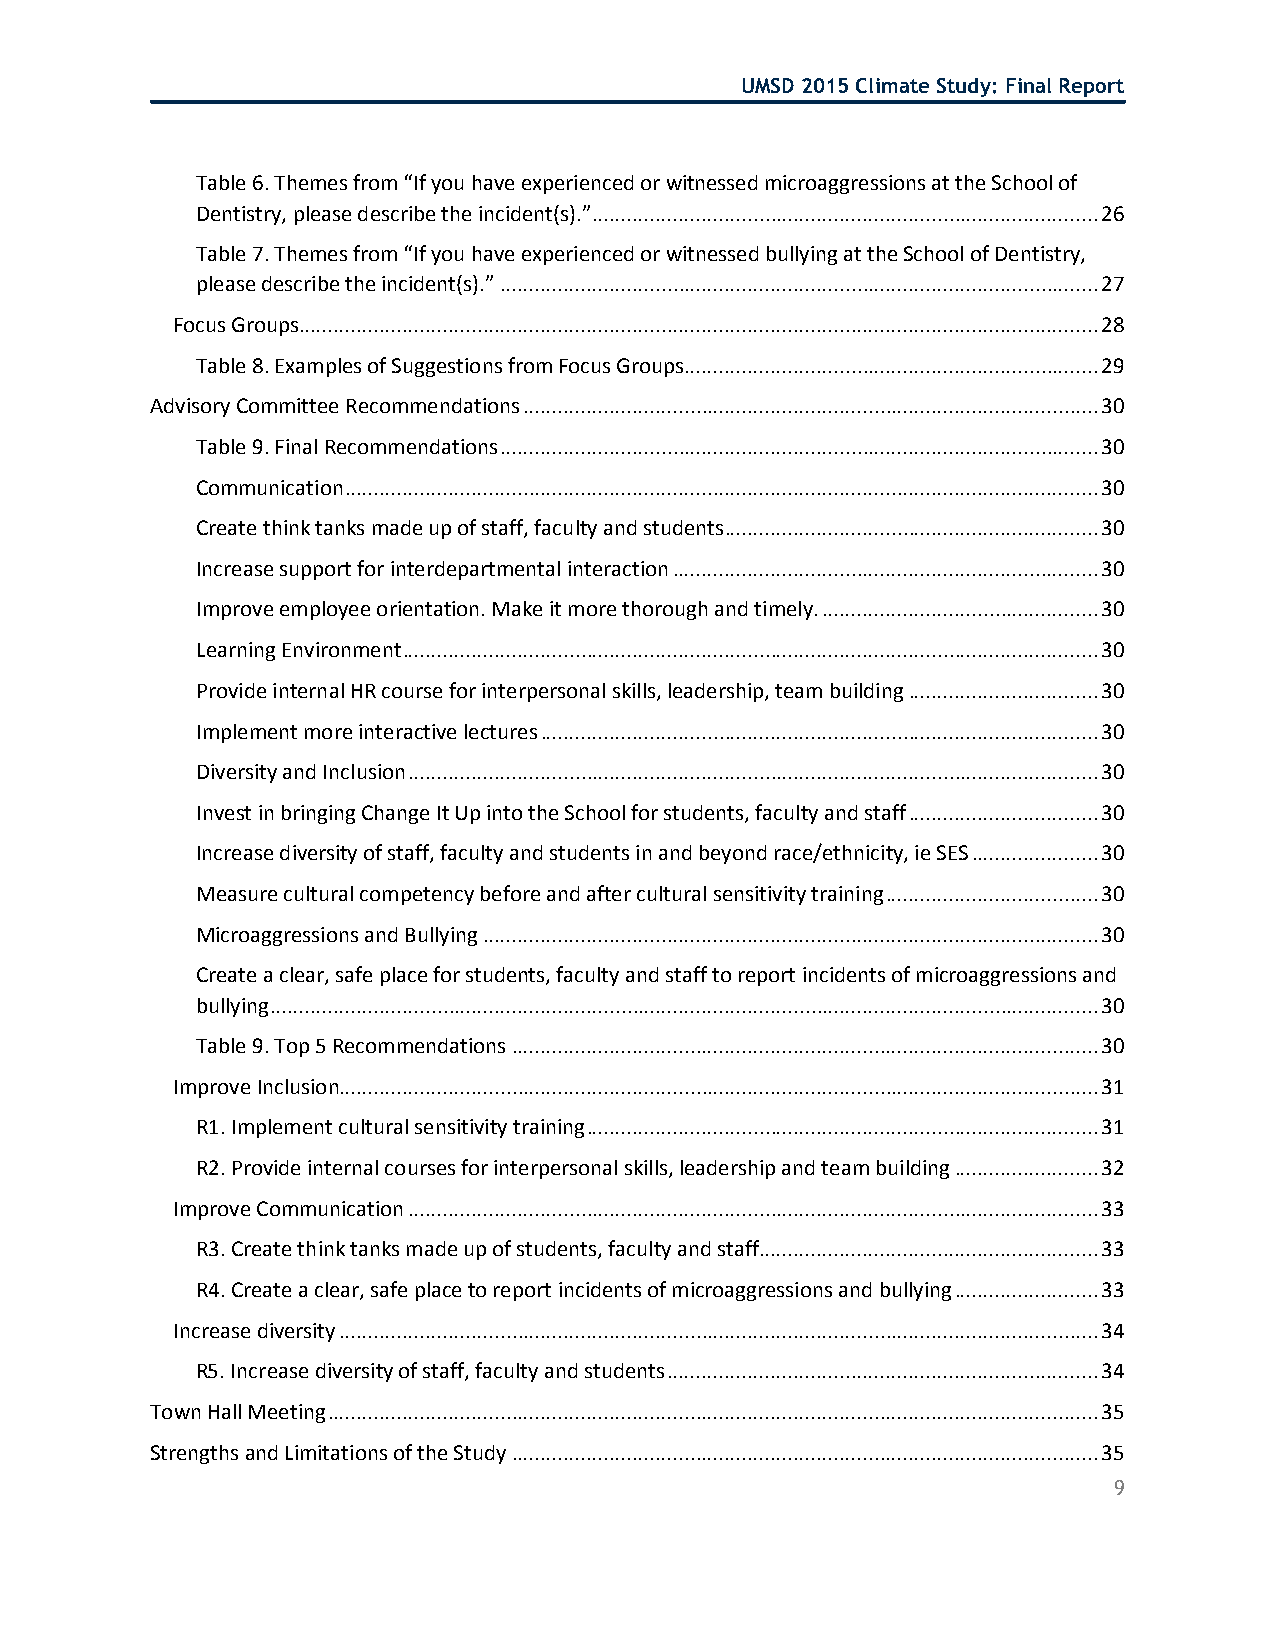
UMSD 2015 Climate Study: Final Report
 Table 6. Themes from “If you have experienced or witnessed microaggressions at the School of
 Dentistry, please describe the incident(s).” ........................................................................................ 26
 Table 7. Themes from “If you have experienced or witnessed bullying at the School of Dentistry,
 please describe the incident(s).” ........................................................................................................ 27
 Focus Groups........................................................................................................................................... 28
 Table 8. Examples of Suggestions from Focus Groups........................................................................ 29
 Advisory Committee Recommendations .................................................................................................... 30
 Table 9. Final Recommendations ........................................................................................................ 30
 Communication ................................................................................................................................... 30
 Create think tanks made up of staff, faculty and students ................................................................. 30
 Increase support for interdepartmental interaction .......................................................................... 30
 Improve employee orientation. Make it more thorough and timely. ................................................ 30
 Learning Environment ......................................................................................................................... 30
 Provide internal HR course for interpersonal skills, leadership, team building ................................. 30
 Implement more interactive lectures ................................................................................................. 30
 Diversity and Inclusion ........................................................................................................................ 30
 Invest in bringing Change It Up into the School for students, faculty and staff ................................. 30
 Increase diversity of staff, faculty and students in and beyond race/ethnicity, ie SES ...................... 30
 Measure cultural competency before and after cultural sensitivity training ..................................... 30
 Microaggressions and Bullying ........................................................................................................... 30
 Create a clear, safe place for students, faculty and staff to report incidents of microaggressions and
 bullying ................................................................................................................................................ 30
 Table 9. Top 5 Recommendations ...................................................................................................... 30
 Improve Inclusion.................................................................................................................................... 31
 R1. Implement cultural sensitivity training ......................................................................................... 31
 R2. Provide internal courses for interpersonal skills, leadership and team building ......................... 32
 Improve Communication ........................................................................................................................ 33
 R3. Create think tanks made up of students, faculty and staff ........................................................... 33
 R4. Create a clear, safe place to report incidents of microaggressions and bullying ......................... 33
 Increase diversity .................................................................................................................................... 34
 R5. Increase diversity of staff, faculty and students ........................................................................... 34
 Town Hall Meeting ...................................................................................................................................... 35
 Strengths and Limitations of the Study ...................................................................................................... 35
 9